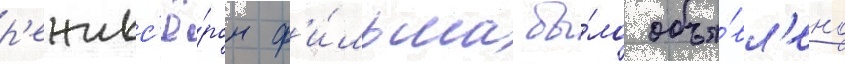
р'ежисс'ё́ром ф'и́льма бы́ло объя́вл'ено